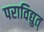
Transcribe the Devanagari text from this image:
पराविद्युत्